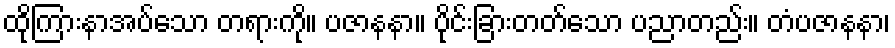
ထိုကြားနာအပ်သော တရားကို။ ပဇာနနာ။ ပိုင်းခြားတတ်သော ပညာတည်း။ တံပဇာနနာ၊